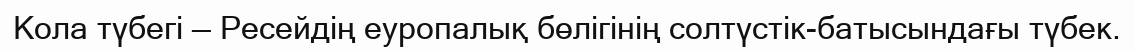
Кола түбегі — Ресейдің еуропалық бөлігінің солтүстік-батысындағы түбек.